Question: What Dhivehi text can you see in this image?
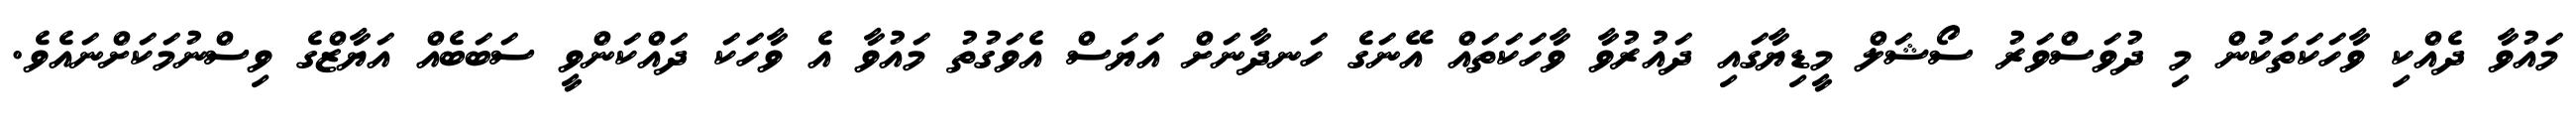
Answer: މައުވާ ދެއްކި ވާހަކަތަކުން މި ދުވަސްވަރު ސޯޝަލް މީޑިޔާގައި ދައުރުވާ ވާހަކަތައް އޭނަގެ ހަނދާނަށް އަޔަސް އެވަގުތު މައުވާ އެ ވާހަކަ ދައްކަންވީ ސަބަބެއް އަޔާޒްގެ ވިސްނުމަކަށްނައެވެ.